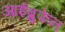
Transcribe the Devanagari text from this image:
आईब्रुफेन